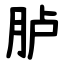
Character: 胪